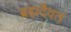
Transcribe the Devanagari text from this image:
ब्रह्मदैवतं